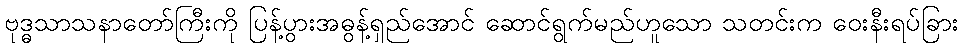
ဗုဒ္ဓသာသနာတော်ကြီးကို ပြန့်ပွားအဓွန့်ရှည်အောင် ဆောင်ရွက်မည်ဟူသော သတင်းက ဝေးနီးရပ်ခြား